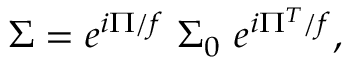
\Sigma = e ^ { i \Pi / f } \ \Sigma _ { 0 } \ e ^ { i \Pi ^ { T } / f } ,